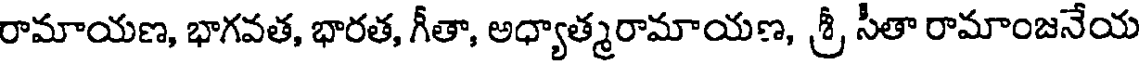
రామాయణ, భాగవత, భారత, గీతా, అధ్యాత్మరామాయణ, శ్రీ సీతా రామాంజనేయ